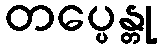
တပ္ပေန္တု